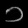
Digit: ၁